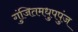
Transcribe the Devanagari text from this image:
गुंजितमधुपपुंज